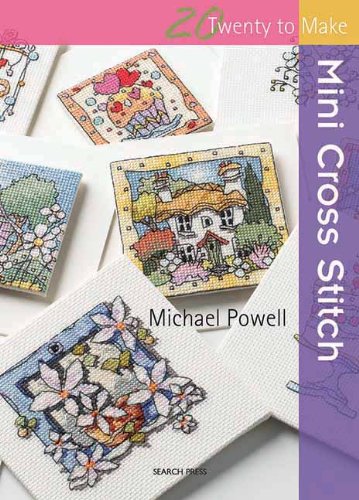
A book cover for Mini Cross Stitch (Twenty to Make); Michael Powell; Crafts, Hobbies & Home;